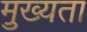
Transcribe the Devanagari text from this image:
मु़ख्यता